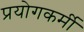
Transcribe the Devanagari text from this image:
प्रयोगकर्मी